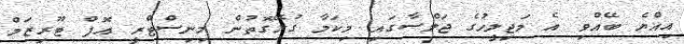
އިއްޔެ ބޭއްވި އެ މަޖިލީހުގެ ޖަލްސާގައި މިކަމާ ގުޅޭގޮތުން މިނިސްޓްރީ އޮފް ޓޫރިޒަމް